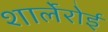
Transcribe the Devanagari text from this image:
शार्लेरोई